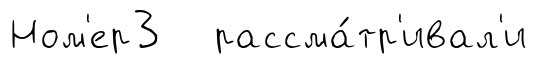
Ном'ер3 рассма́тр'ивал'и